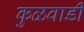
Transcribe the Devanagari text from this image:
कुळवाडी